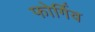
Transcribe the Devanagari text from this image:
फोर्गिव